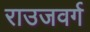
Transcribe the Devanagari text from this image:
राउजवर्ग